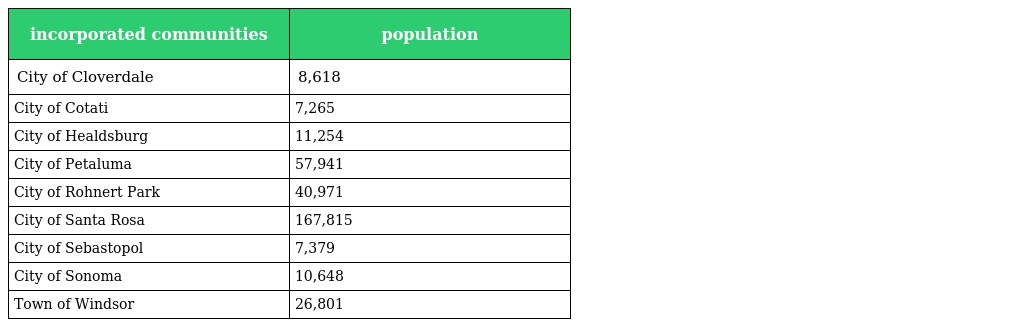
| incorporated communities | population |
 | --- | --- |
 | City of Cloverdale | 8,618 |
 | City of Cotati | 7,265 |
 | City of Healdsburg | 11,254 |
 | City of Petaluma | 57,941 |
 | City of Rohnert Park | 40,971 |
 | City of Santa Rosa | 167,815 |
 | City of Sebastopol | 7,379 |
 | City of Sonoma | 10,648 |
 | Town of Windsor | 26,801 |